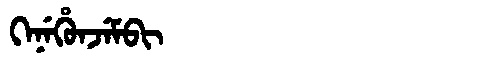
Manchu: ᡴᡝᠨᡝᡥᡠᠨᠵᡝᠮᠪᡳ
Romanization: KENEHUNJEMBI